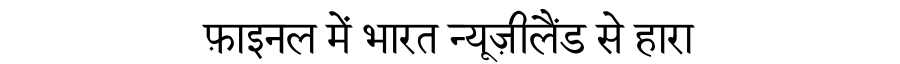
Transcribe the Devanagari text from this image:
फ़ाइनल में भारत न्यूज़ीलैंड से हारा